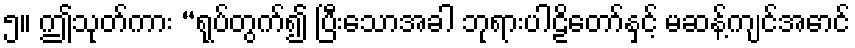
၅။ ဤသုတ်ကား “ရုပ်တွက်၍ ပြီးသောအခါ ဘုရားပါဠိတော်နှင့် မဆန့်ကျင်အောင်